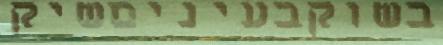
בשוקבעיניםשיק